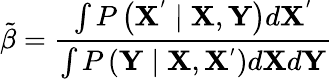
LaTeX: \tilde{\beta}=\frac{\int P\left(\mathbf{X^{'}}\mid\mathbf{X},\mathbf{Y}\right)d\mathbf{X^{'}}}{\int P\left(\mathbf{Y}\mid\mathbf{X},\mathbf{X^{'}}\right)d\mathbf{X}d\mathbf{Y}}